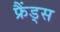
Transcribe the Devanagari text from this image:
फ्रैंड्स